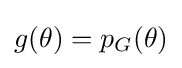
g(\theta )=p_{G}(\theta )